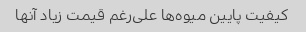
کیفیت پایین میوه‌ها علی‌رغم قیمت زیاد آنها